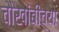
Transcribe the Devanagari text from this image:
चौखांबीच्या